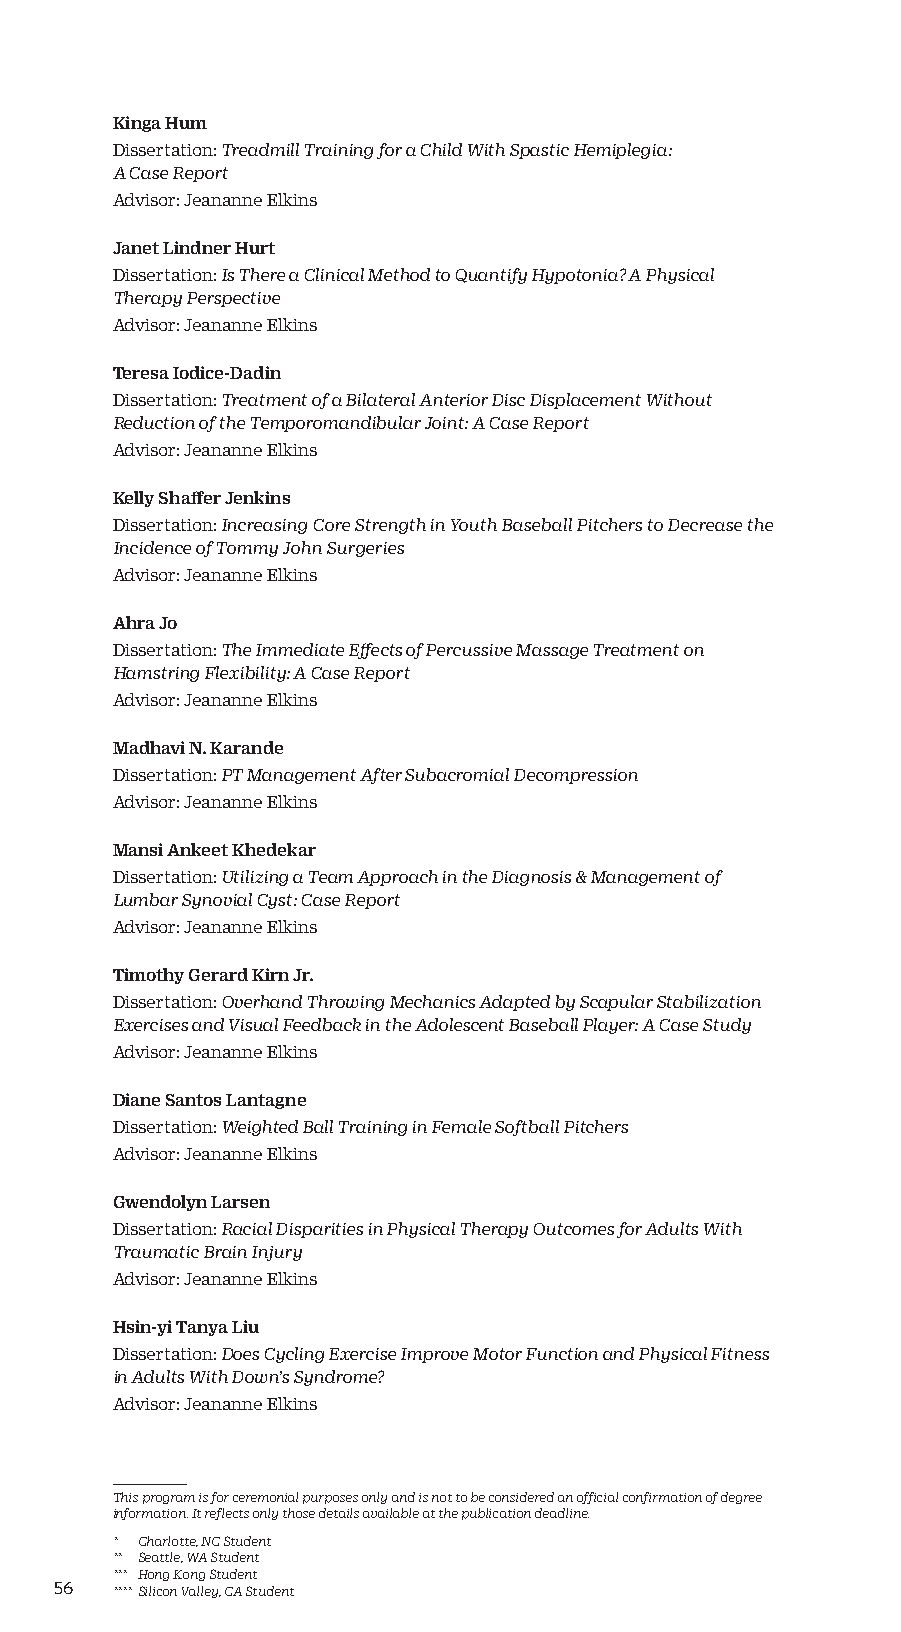
Kinga Hum
 Dissertation: Treadmill Training for a Child With Spastic Hemiplegia:
 A Case Report
 Advisor: Jeananne Elkins
 Janet Lindner Hurt
 Dissertation: Is There a Clinical Method to Quantify Hypotonia? A Physical
 Therapy Perspective
 Advisor: Jeananne Elkins
 Teresa Iodice-Dadin
 Dissertation: Treatment of a Bilateral Anterior Disc Displacement Without
 Reduction of the Temporomandibular Joint: A Case Report
 Advisor: Jeananne Elkins
 Kelly Shaffer Jenkins
 Dissertation: Increasing Core Strength in Youth Baseball Pitchers to Decrease the
 Incidence of Tommy John Surgeries
 Advisor: Jeananne Elkins
 Ahra Jo
 Dissertation: The Immediate Effects of Percussive Massage Treatment on
 Hamstring Flexibility: A Case Report
 Advisor: Jeananne Elkins
 Madhavi N. Karande
 Dissertation: PT Management After Subacromial Decompression
 Advisor: Jeananne Elkins
 Mansi Ankeet Khedekar
 Dissertation: Utilizing a Team Approach in the Diagnosis & Management of
 Lumbar Synovial Cyst: Case Report
 Advisor: Jeananne Elkins
 Timothy Gerard Kirn Jr.
 Dissertation: Overhand Throwing Mechanics Adapted by Scapular Stabilization
 Exercises and Visual Feedback in the Adolescent Baseball Player: A Case Study
 Advisor: Jeananne Elkins
 Diane Santos Lantagne
 Dissertation: Weighted Ball Training in Female Softball Pitchers
 Advisor: Jeananne Elkins
 Gwendolyn Larsen
 Dissertation: Racial Disparities in Physical Therapy Outcomes for Adults With
 Traumatic Brain Injury
 Advisor: Jeananne Elkins
 Hsin-yi Tanya Liu
 Dissertation: Does Cycling Exercise Improve Motor Function and Physical Fitness
 in Adults With Down’s Syndrome?
 Advisor: Jeananne Elkins
 This program is for ceremonial purposes only and is not to be considered an official confirmation of degree
 information. It reflects only those details available at the publication deadline.
 * Charlotte, NC Student
 ** Seattle, WA Student
 *** Hong Kong Student
 56 **** Silicon Valley, CA Student